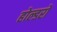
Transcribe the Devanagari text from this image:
होल्डरों